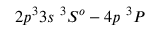
2 p ^ { 3 } 3 s ~ ^ { 3 } S ^ { o } - 4 p ~ ^ { 3 } P